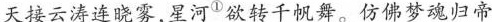
天接云涛连晓雾，星河^{①}欲转千帆舞。仿佛梦魂归帝